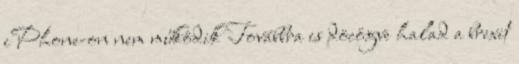
iPhone-on nem működik Továbbra is döcögve halad a brexit